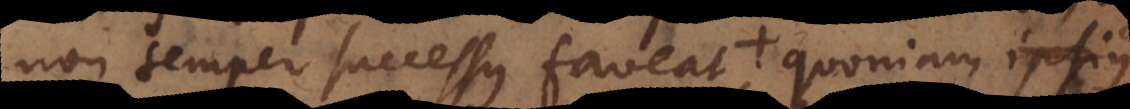
non semper successus faveat; quo destituent